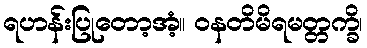
ရဟန်းပြုတော့အံ့။ ဝနတိမိရမတ္တက္ခိ၊